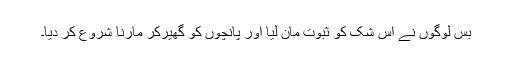
بس لوگوں نے اس شک کو ثبوت مان لیا اور پانچوں کو گھیر‌کر مارنا شروع کر دیا۔